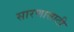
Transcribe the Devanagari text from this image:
सारणासाठी